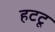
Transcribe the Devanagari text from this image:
हटटू